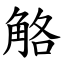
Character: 觡